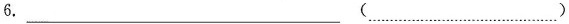
6.___ (___)